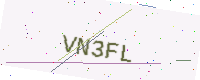
Text: VN3FL